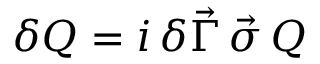
\delta Q = i \, \delta \vec { \Gamma } \, \vec { \sigma } \, Q